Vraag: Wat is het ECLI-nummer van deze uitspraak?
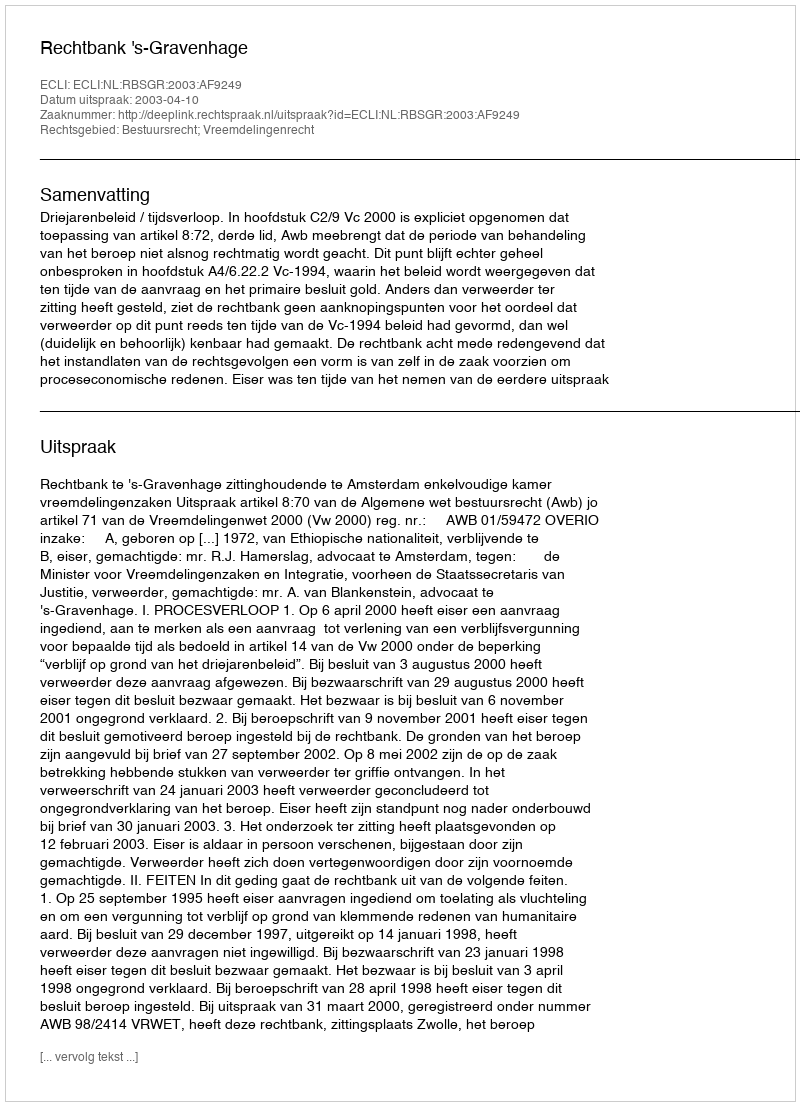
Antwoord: ECLI:NL:RBSGR:2003:AF9249